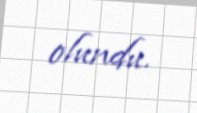
olundu.